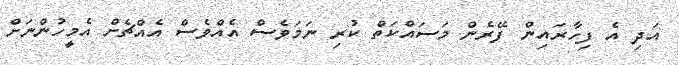
އަދި އެ ފިހާރައިން ފޭރެން މަސައްކަތް ކުރި ނަމަވެސް އެއްވެސް އެއްޗެށް އެމީހުންނަށް